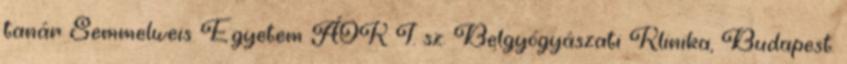
tanár Semmelweis Egyetem ÁOK I. sz. Belgyógyászati Klinika, Budapest.